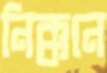
নিক্কনে